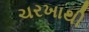
ચરખાથી